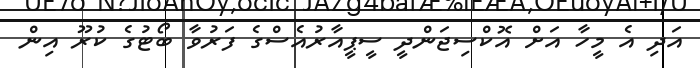
އަދި އެ މީހާ އަށް އޮކްސިޖަންދީ ސީޕީއާރުއެސްގެ ފަރުވާ ބޯޓުގެ ކުރޫ އިން